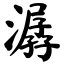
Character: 潺